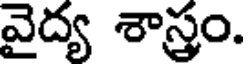
వైద్య శాస్త్రం.